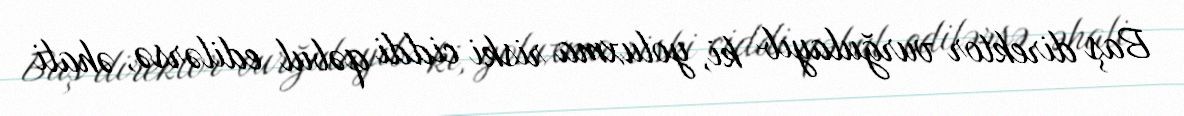
Baş direktor vurğulayıb ki, yoluxma riski ciddi qəbul edilərsə, əhali